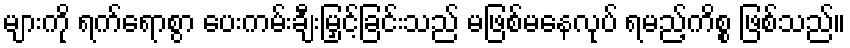
များကို ရက်ရောစွာ ပေးကမ်းချီးမြှင့်ခြင်းသည် မဖြစ်မနေလုပ် ရမည့်ကိစ္စ ဖြစ်သည်။